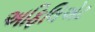
અફિલિએટ